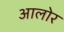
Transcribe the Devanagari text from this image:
आलोर